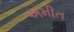
અમીત